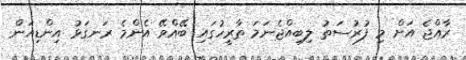
ރާއްޖެ އަށް މި ފުރުސަތު ލިބިއްޖެނަމަ ތާރީހުގައި ބޭއްވޭ އެންމެ ރަނގަޅު އިންޑިއަން